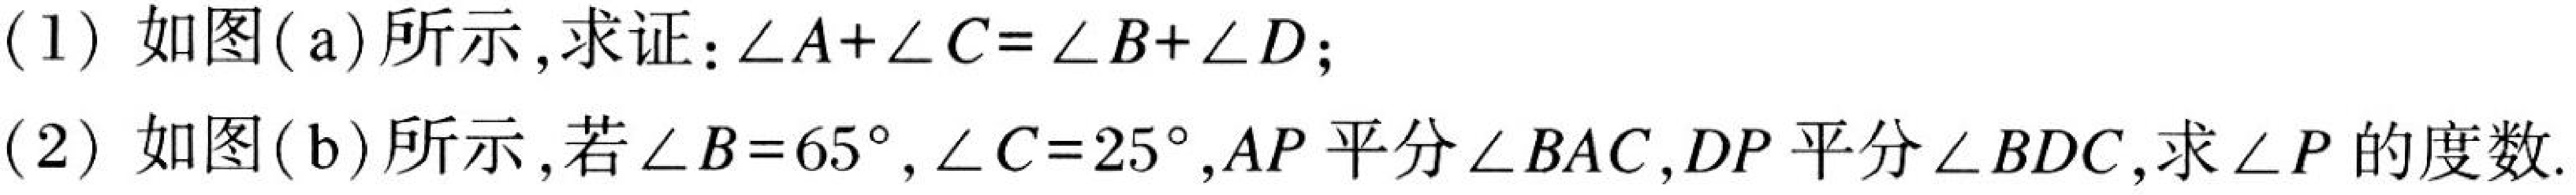
(1) 如图(a)所示,求证:\(\angle A+\angle C=\angle B+\angle D\);
(2) 如图(b)所示,若\(\angle B = 65^{\circ}\),\(\angle C = 25^{\circ}\),\(AP\)平分\(\angle BAC\),\(DP\)平分\(\angle BDC\),求\(\angle P\)的度数.